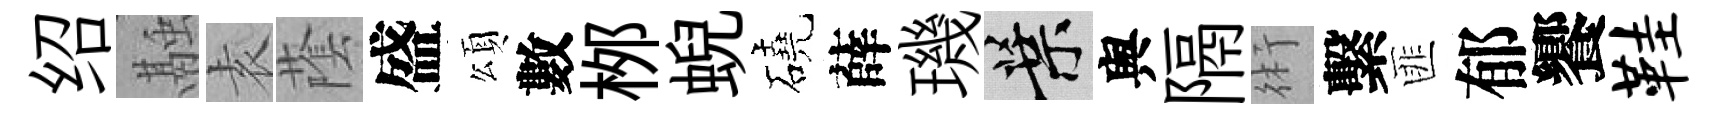
绍融𡊮䕃盛頌數桞蜺磽薛璣葉舆隔術繫匪郁饗鞋